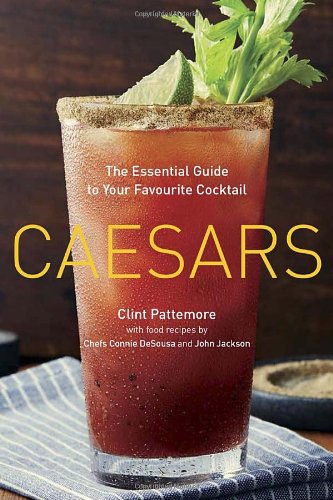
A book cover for Caesars: The Essential Guide to Your Favourite Cocktail; Clint Pattemore; Cookbooks, Food & Wine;